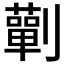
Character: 𭄚